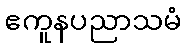
ဧကူနပညာသမံ